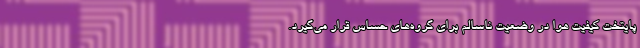
پایتخت کیفیت هوا در وضعیت ناسالم برای گروه‌های حساس قرار می‌گیرد.